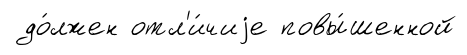
до́лжен отл'и́чиjе повы́шенной